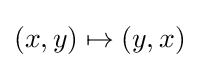
(x,y)\mapsto (y,x)